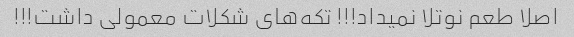
اصلا طعم نوتلا نمیداد!!! تکه‌های شکلات معمولی داشت!!!